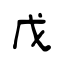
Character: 戊